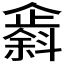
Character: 𫿸